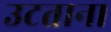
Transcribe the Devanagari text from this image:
उटताना